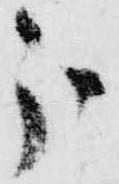
分